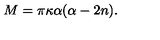
{ M } = \pi \kappa \alpha ( \alpha - 2 n ) .